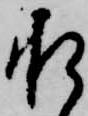
承